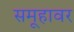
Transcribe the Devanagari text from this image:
समूहावर